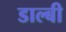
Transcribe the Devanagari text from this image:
डाल्बी